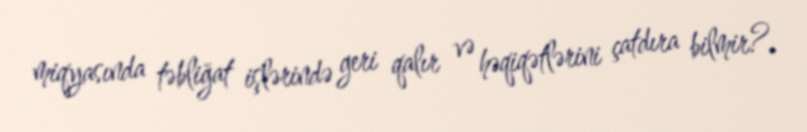
miqyasında təbliğat işlərində geri qalır və həqiqətlərini çatdıra bilmir?.